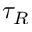
\tau _ { R }